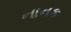
નાનક